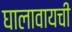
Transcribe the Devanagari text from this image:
घालावायची